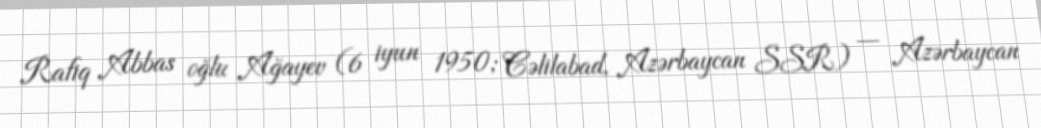
Rafiq Abbas oğlu Ağayev (6 iyun 1950; Cəlilabad, Azərbaycan SSR) — Azərbaycan